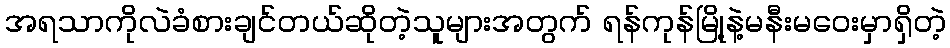
အရသာကိုလဲခံစားချင်တယ်ဆိုတဲ့သူများအတွက် ရန်ကုန်မြို့နဲ့မနီးမဝေးမှာရှိတဲ့